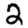
Digit: 2